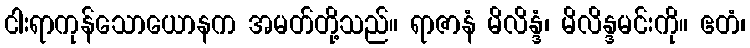
ငါးရာကုန်သောယောနက အမတ်တို့သည်။ ရာဇာနံ မိလိန္ဒံ၊ မိလိန္ဒမင်းကို။ ဧတံ၊